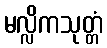
မလ္လိကသုတ္တံ